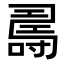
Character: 𠾉